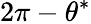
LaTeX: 2\pi-\theta^{*}